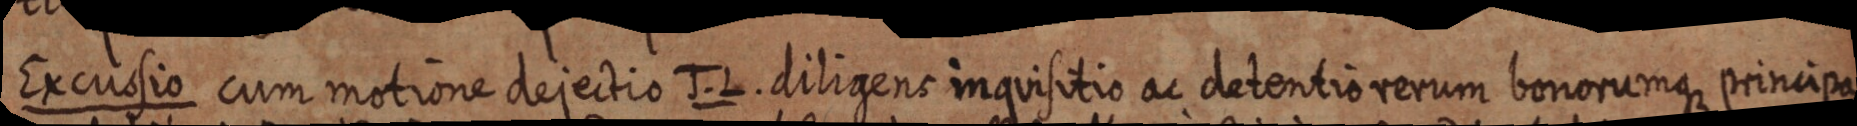
Excussio cum motione dejectio J. L. diligens inquisitio ac detentio rerum bonorumque principa